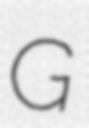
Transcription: G